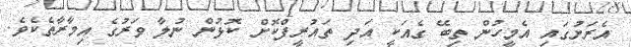
އެރަށުގައި އެމީހުން ތިބޭ ގެއަކީ އަދި ތައުރީފްކޮށް ކޮޅުން ނުލާ ވަރުގެ އިމާރާތެކެވެ.